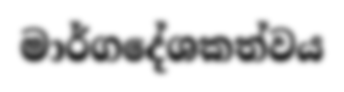
මාර්ගදේශකත්වය